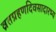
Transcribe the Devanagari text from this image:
व्रतग्रहणदिवसादारभ्य